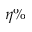
\eta \%